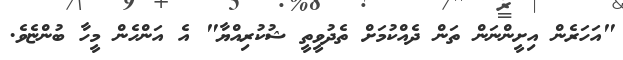
"އަހަރެން އިށީންނަން ތަން ދެއްކުމަށް ތެދުވީތީ ޝުކުރިއްޔާ" އެ އަންހެން މީހާ ބުންޏެވެ.